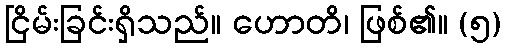
ငြိမ်းခြင်းရှိသည်။ ဟောတိ၊ ဖြစ်၏။ (၅)